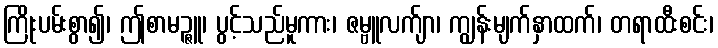
ကြိုးပမ်းစွာ၍၊ ဤစာမဉ္ဇူ၊ ပွင့်သည်မူကား၊ ဇမ္ဗူလက်ျာ၊ ကျွန်းမျက်နှာထက်၊ တရာထီးစင်း၊